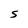
Character: S